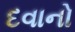
દવાનો